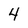
Character: 4